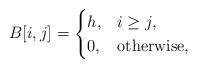
LaTeX: \begin{align*} B [i, j] = \begin{cases}h, & i \geq j, \\0, & \mbox{otherwise}, \end{cases}\end{align*}